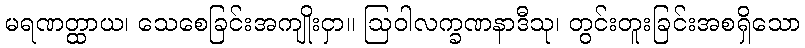
မရဏတ္ထာယ၊ သေစေခြင်းအကျိုးငှာ။ ဩဝါလက္ခဏနာဒီသု၊ တွင်းတူးခြင်းအစရှိသော